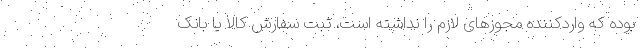
بوده که واردکننده مجوزهای لازم را نداشته است، ثبت سفارش کالا یا بانک